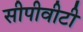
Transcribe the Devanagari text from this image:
सीपीवीटी